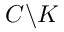
C \backslash K